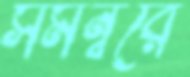
সমন্বরে